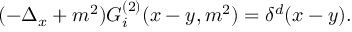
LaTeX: ( - \Delta _ { x } + m ^ { 2 } ) G _ { i } ^ { ( 2 ) } ( x - y , m ^ { 2 } ) = \delta ^ { d } ( x - y ) .